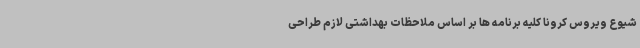
شیوع ویروس کرونا کلیه برنامه ها بر اساس ملاحظات بهداشتی لازم طراحی